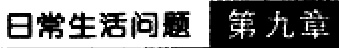
日常生活问题 第九章